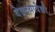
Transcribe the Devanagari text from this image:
वेळच्यावेळी